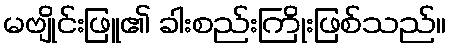
မဗျိုင်းဖြူ၏ ခါးစည်းကြိုးဖြစ်သည်။